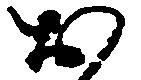
お